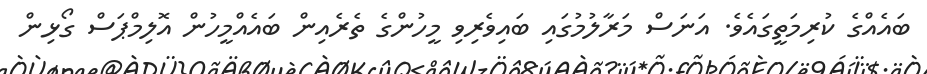
ބައެއްގެ ކުރިމަތީގައެވެ. އަނަސް މަރާލުމުގައި ބައިވެރިވި މީހުންގެ ތެރެއިން ބައެއްމީހުން އޮލިމްޕަސް ގޯޅިން